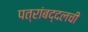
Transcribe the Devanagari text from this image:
पत्रांबद्दलची